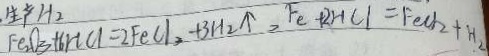
F _ { 2 } O _ { 2 } + 6 H C l = 2 F e C l _ { 3 } + 3 H _ { 2 } \uparrow , F e + 2 H C l = F e C l _ { 2 } + H _ { 2 }